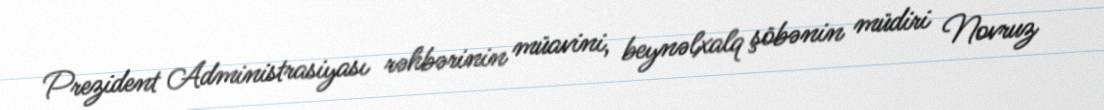
Prezident Administrasiyası rəhbərinin müavini, beynəlxalq şöbənin müdiri Novruz